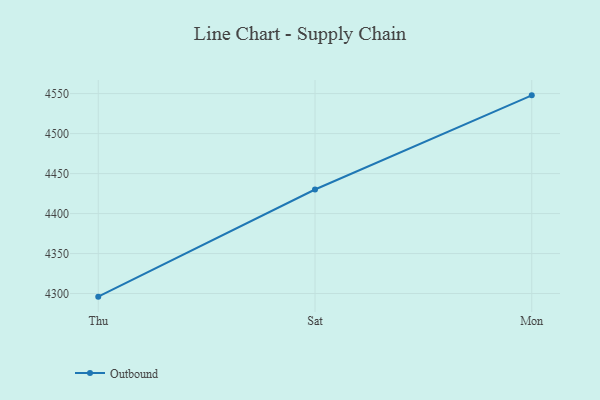
{"axis": {"x": "Day", "y": "Operating Costs (USD K)"}, "legend": ["Outbound"], "data": [{"x": "Thu", "y": 4296.1, "type": "Outbound"}, {"x": "Sat", "y": 4430.1, "type": "Outbound"}, {"x": "Mon", "y": 4547.8, "type": "Outbound"}]}